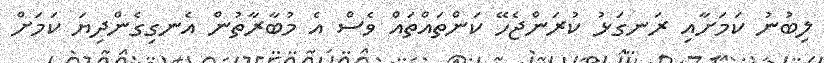
ލިބުނު ކަމަށާއި ރަނގަޅު ކުރަންޖެހޭ ކަންތައްތައް ވެސް އެ މުބާރާތުން އެނގިގެންދިޔަ ކަމަށް